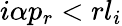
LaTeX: i\alpha p_{r}<rl_{i}